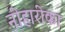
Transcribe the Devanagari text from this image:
नीहारीका